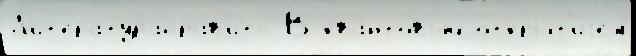
Л'ит'ератураправ'ить В ква́нтовый откры́т'иjем